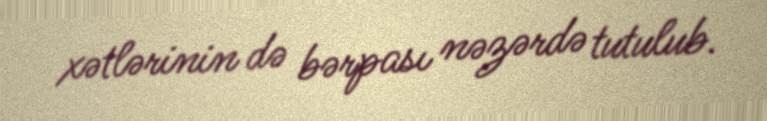
xətlərinin də bərpası nəzərdə tutulub.